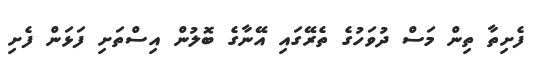
ފެށިތާ ތިން މަސް ދުވަހުގެ ތެރޭގައި އޭނާގެ ބޮލުން އިސްތަށި ފަޅަން ފެށި